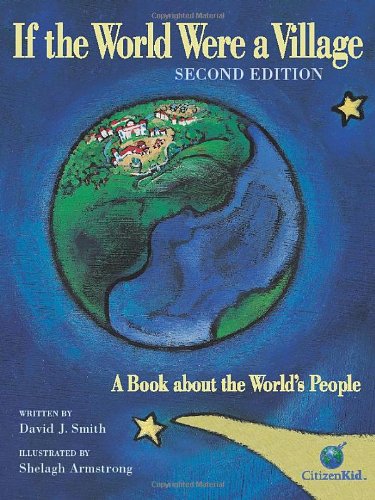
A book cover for If the World Were a Village: A Book about the World's People, 2nd Edition (CitizenKid); David J Smith; Children's Books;